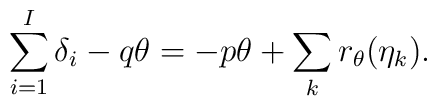
\sum_{i=1}^{I}\delta_i - q \theta= -p \theta + \sum_{k}r_{\theta} (\eta_k ).